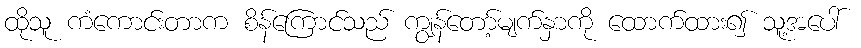
ထိုသူ ကံကောင်းတာက စိန်ကြောင်သည် ကျွန်တော့်မျက်နှာကို ထောက်ထား၍ သူ့အပေါ်